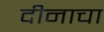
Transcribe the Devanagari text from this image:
दीनाचा